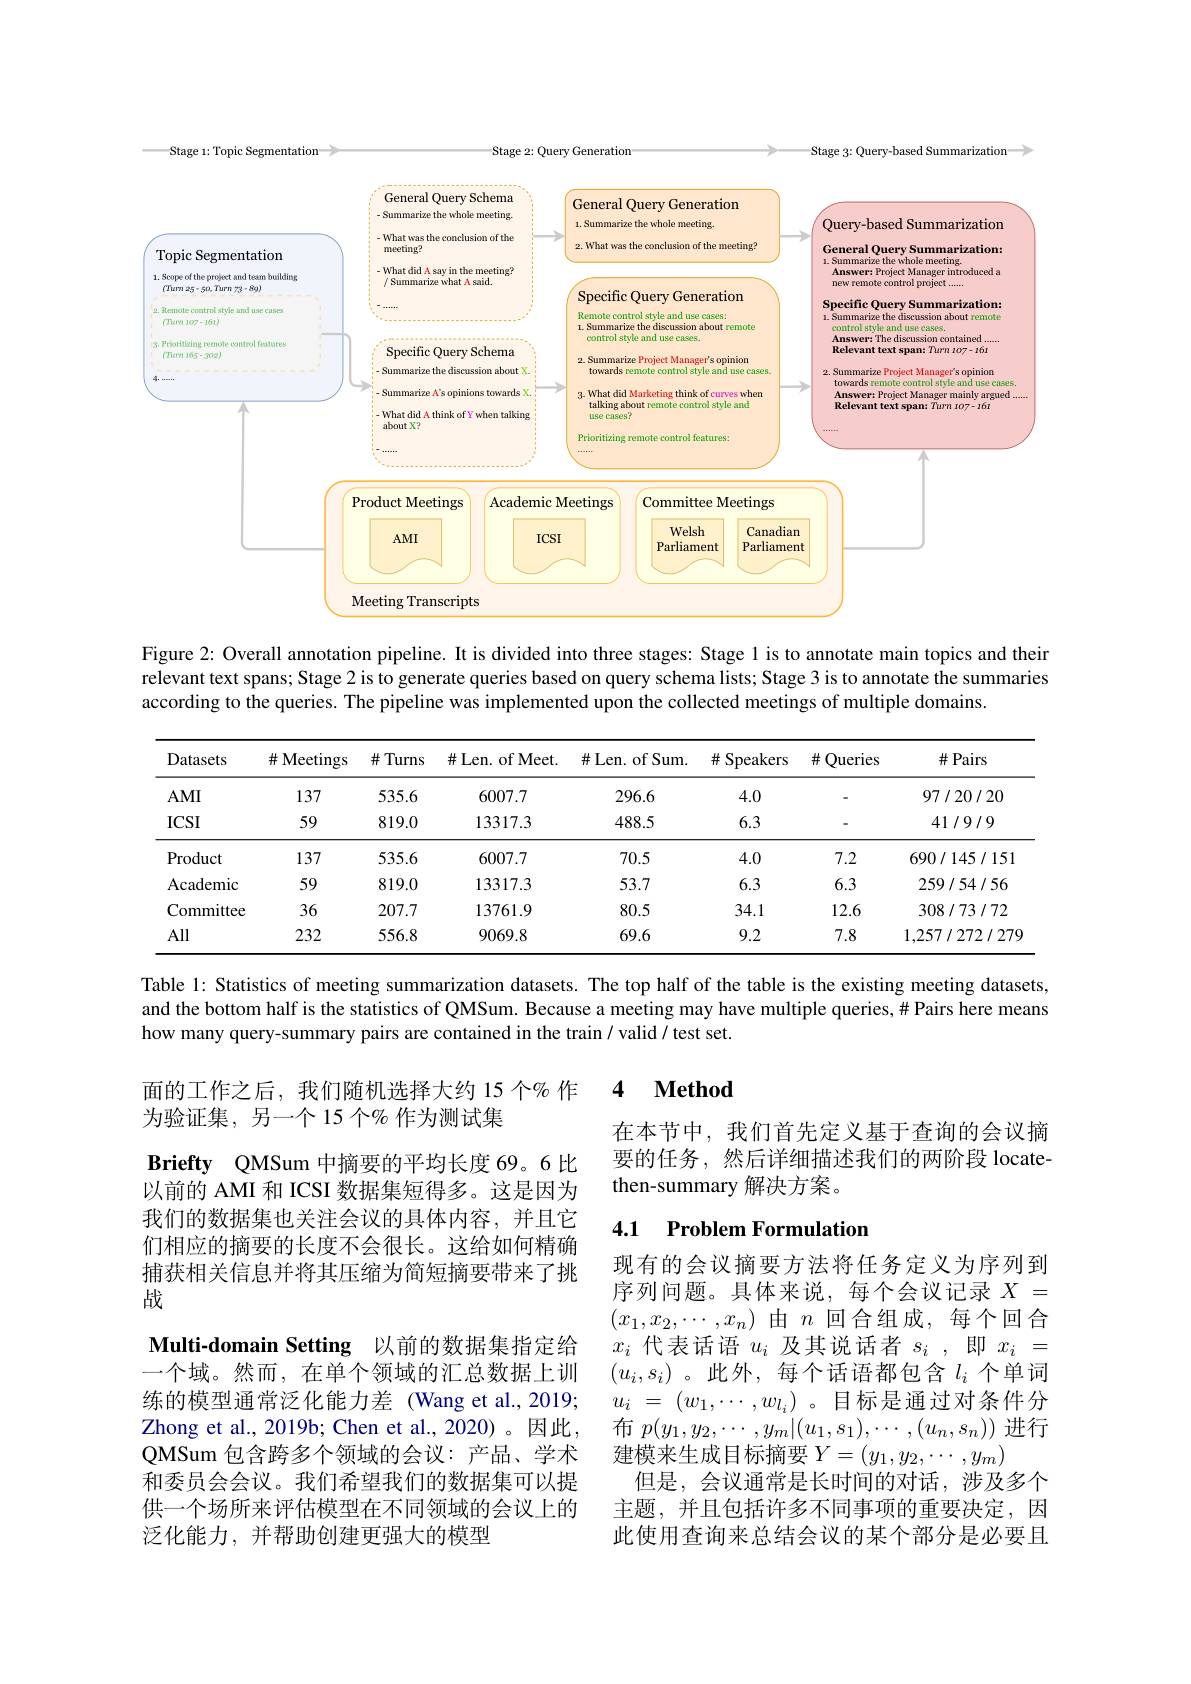
Stage 3: Query-based Summarization

Stage 2: Query Generation

Stage 1: Topic Segmentation
<FigureHere>

Figure 2: Overall annotation pipeline. It is divided into three stages: Stage l is to annotate main topics and their relevant text spans; Stage 2 is to generate queries based on query schema lists; Stage 3 is to annotate the summaries according to the queries. The pipeline was implemented upon the collected meetings of multiple domains.

<table>
	<tbody>
		<tr>
			<th>Datasets</th>
			<th>$\#$ Meetings</th>
			<th>$\#$Turns</th>
			<th>$\#$Len. of Meet.</th>
			<th>$\#$Len. of Sum.</th>
			<th>$\#$ Speakers</th>
			<th>井 Queries</th>
			<th>$\#$Pairs</th>
		</tr>
		<tr>
			<td>$AMI$</td>
			<td>137</td>
			<td>535.6</td>
			<td>6007.7</td>
			<td>296.6</td>
			<td>4.0</td>
			<td> </td>
			<td>97/20/20</td>
		</tr>
		<tr>
			<td>$ICSI$</td>
			<td>59</td>
			<td>819.0</td>
			<td>13317.3</td>
			<td>488.5</td>
			<td>6.3</td>
			<td> </td>
			<td>41/9/9</td>
		</tr>
		<tr>
			<td>Product</td>
			<td>137</td>
			<td>535.6</td>
			<td>6007.7</td>
			<td>70.5</td>
			<td>4.0</td>
			<td>7.2</td>
			<td>690/145/151</td>
		</tr>
		<tr>
			<td>Academic</td>
			<td>59</td>
			<td>819.0</td>
			<td>13317.3</td>
			<td>53.7</td>
			<td>6.3</td>
			<td>6.3</td>
			<td>259/54/56</td>
		</tr>
		<tr>
			<td>Committee</td>
			<td>36</td>
			<td>207.7</td>
			<td>13761.9</td>
			<td>80.5</td>
			<td>34.1</td>
			<td>12.6</td>
			<td>308/73/72</td>
		</tr>
		<tr>
			<td>All</td>
			<td>232</td>
			<td>556.8</td>
			<td>9069.8</td>
			<td>69.6</td>
			<td>9.2</td>
			<td>7.8</td>
			<td>1,257/272/279</td>
		</tr>
	</tbody>
</table>

Table l: Statistics of meeting summarization datasets. The top half of the table is the existing meeting datasets, and the bottom half is the statistics of QMSum. Because a meeting may have multiple queries,# Pairs here means how many query-summary pairs are contained in the train/ valid/ test set.

### 4 $\textbf{Method}$

面的工作之后，我们随机选择大约 15 个% 作
为验证集，另一个15个% 作为测试集

在本节中，我们首先定义基于查询的会议摘要的任务，然后详细描述我们的两阶段 locatethen-summary 解决方案。

Briefty QMSum 中摘要的平均长度 69。6 比以前的 AMI 和 ICSI 数据集短得多。这是因为我们的数据集也关注会议的具体内容，并且它们相应的摘要的长度不会很长。这给如何精确捕获相关信息并将其压缩为简短摘要带来了挑战

# 4.1 Problem Formulation

现有的会议摘要方法将任务定义为序列到序列问题。具体来说，每个会议记录$X=$ $(x_1,x_2,\cdots,x_n)$由$n$回合组成，每个回合$x_i$ 代表话语 $u_i$ 及其说话者 $s_i$,即$x_i=$ $(u_i,s_i)$。此外，每个话语都包含$l_i$ 个单词$u_i$ = $( w_1, \cdots , w_{l_i})$ 。目标是通过对条件分布$p(y_1,y_2,\cdots,y_m|(u_1,s_1),\cdots,(u_n,s_n))$进行建模来生成目标摘要$Y=(y_1,y_2,\cdots,y_m)$
但是，会议通常是长时间的对话，涉及多个主题，并且包括许多不同事项的重要决定，因此使用查询来总结会议的某个部分是必要且

Multi-domain Setting 以前的数据集指定给一个域。然而，在单个领域的汇总数据上训练的模型通常泛化能力差 (Wang et al.,2019; Zhong et al., 2019b; Chen et al., 2020)。因此， QMSum 包含跨多个领域的会议：产品、学术和委员会会议。我们希望我们的数据集可以提供一个场所来评估模型在不同领域的会议上的泛化能力，并帮助创建更强大的模型